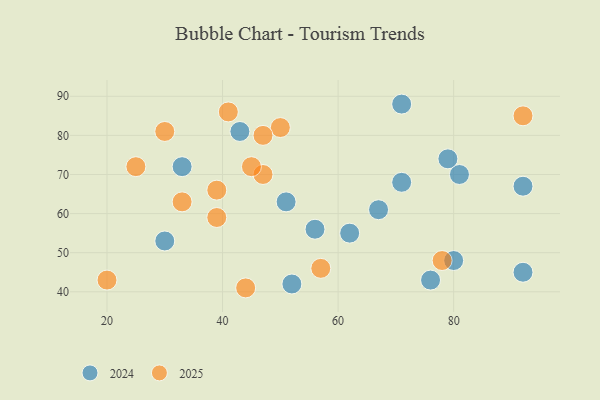
{"axis": {"x": "GDP", "y": "Life Expectancy"}, "legend": ["2024", "2025"], "data": [{"x": "51", "y": 63, "type": "2024"}, {"x": "56", "y": 56, "type": "2024"}, {"x": "30", "y": 53, "type": "2024"}, {"x": "81", "y": 70, "type": "2024"}, {"x": "71", "y": 68, "type": "2024"}, {"x": "67", "y": 61, "type": "2024"}, {"x": "33", "y": 72, "type": "2024"}, {"x": "71", "y": 88, "type": "2024"}, {"x": "92", "y": 67, "type": "2024"}, {"x": "80", "y": 48, "type": "2024"}, {"x": "52", "y": 42, "type": "2024"}, {"x": "43", "y": 81, "type": "2024"}, {"x": "79", "y": 74, "type": "2024"}, {"x": "76", "y": 43, "type": "2024"}, {"x": "92", "y": 45, "type": "2024"}, {"x": "62", "y": 55, "type": "2024"}, {"x": "39", "y": 59, "type": "2025"}, {"x": "30", "y": 81, "type": "2025"}, {"x": "47", "y": 70, "type": "2025"}, {"x": "45", "y": 72, "type": "2025"}, {"x": "50", "y": 82, "type": "2025"}, {"x": "20", "y": 43, "type": "2025"}, {"x": "57", "y": 46, "type": "2025"}, {"x": "41", "y": 86, "type": "2025"}, {"x": "78", "y": 48, "type": "2025"}, {"x": "47", "y": 80, "type": "2025"}, {"x": "39", "y": 66, "type": "2025"}, {"x": "92", "y": 85, "type": "2025"}, {"x": "25", "y": 72, "type": "2025"}, {"x": "44", "y": 41, "type": "2025"}, {"x": "33", "y": 63, "type": "2025"}]}